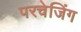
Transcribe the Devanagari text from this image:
परचेजिंग